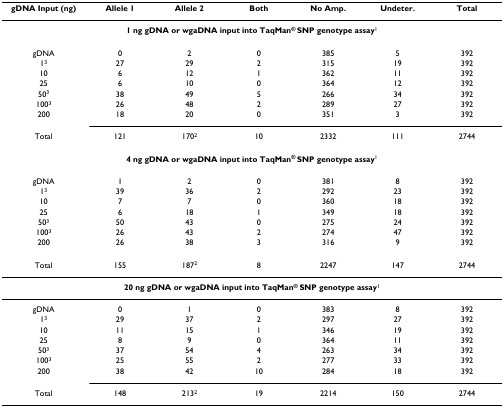
<table><thead><tr><td><b>gDNA Input (ng)</b></td><td><b>Allele 1</b></td><td><b>Allele 2</b></td><td><b>Both</b></td><td><b>No Amp.</b></td><td><b>Undeter.</b></td><td><b>Total</b></td></tr></thead><tbody><tr><td colspan="7"><b>1 ng gDNA or wgaDNA input into TaqMan<sup>® </sup>SNP genotype assay</b><sup>1</sup></td></tr><tr><td>gDNA</td><td>0</td><td>2</td><td>0</td><td>385</td><td>5</td><td>392</td></tr><tr><td>1<sup>3</sup></td><td>27</td><td>29</td><td>2</td><td>315</td><td>19</td><td>392</td></tr><tr><td>10</td><td>6</td><td>12</td><td>1</td><td>362</td><td>11</td><td>392</td></tr><tr><td>25</td><td>6</td><td>10</td><td>0</td><td>364</td><td>12</td><td>392</td></tr><tr><td>50<sup>3</sup></td><td>38</td><td>49</td><td>5</td><td>266</td><td>34</td><td>392</td></tr><tr><td>100<sup>3</sup></td><td>26</td><td>48</td><td>2</td><td>289</td><td>27</td><td>392</td></tr><tr><td>200</td><td>18</td><td>20</td><td>0</td><td>351</td><td>3</td><td>392</td></tr><tr><td>Total</td><td>121</td><td>170<sup>2</sup></td><td>10</td><td>2332</td><td>111</td><td>2744</td></tr><tr><td colspan="7"><b>4 ng gDNA or wgaDNA input into TaqMan<sup>® </sup>SNP genotype assay</b><sup>1</sup></td></tr><tr><td>gDNA</td><td>1</td><td>2</td><td>0</td><td>381</td><td>8</td><td>392</td></tr><tr><td>1<sup>3</sup></td><td>39</td><td>36</td><td>2</td><td>292</td><td>23</td><td>392</td></tr><tr><td>10</td><td>7</td><td>7</td><td>0</td><td>360</td><td>18</td><td>392</td></tr><tr><td>25</td><td>6</td><td>18</td><td>1</td><td>349</td><td>18</td><td>392</td></tr><tr><td>50<sup>3</sup></td><td>50</td><td>43</td><td>0</td><td>275</td><td>24</td><td>392</td></tr><tr><td>100<sup>3</sup></td><td>26</td><td>43</td><td>2</td><td>274</td><td>47</td><td>392</td></tr><tr><td>200</td><td>26</td><td>38</td><td>3</td><td>316</td><td>9</td><td>392</td></tr><tr><td>Total</td><td>155</td><td>187<sup>2</sup></td><td>8</td><td>2247</td><td>147</td><td>2744</td></tr><tr><td colspan="7"><b>20 ng gDNA or wgaDNA input into TaqMan<sup>® </sup>SNP genotype assay</b><sup>1</sup></td></tr><tr><td>gDNA</td><td>0</td><td>1</td><td>0</td><td>383</td><td>8</td><td>392</td></tr><tr><td>1<sup>3</sup></td><td>29</td><td>37</td><td>2</td><td>297</td><td>27</td><td>392</td></tr><tr><td>10</td><td>11</td><td>15</td><td>1</td><td>346</td><td>19</td><td>392</td></tr><tr><td>25</td><td>8</td><td>9</td><td>0</td><td>364</td><td>11</td><td>392</td></tr><tr><td>50<sup>3</sup></td><td>37</td><td>54</td><td>4</td><td>263</td><td>34</td><td>392</td></tr><tr><td>100<sup>3</sup></td><td>25</td><td>55</td><td>2</td><td>277</td><td>33</td><td>392</td></tr><tr><td>200</td><td>38</td><td>42</td><td>10</td><td>284</td><td>18</td><td>392</td></tr><tr><td>Total</td><td>148</td><td>213<sup>2</sup></td><td>19</td><td>2214</td><td>150</td><td>2744</td></tr></tbody></table>